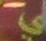
ي